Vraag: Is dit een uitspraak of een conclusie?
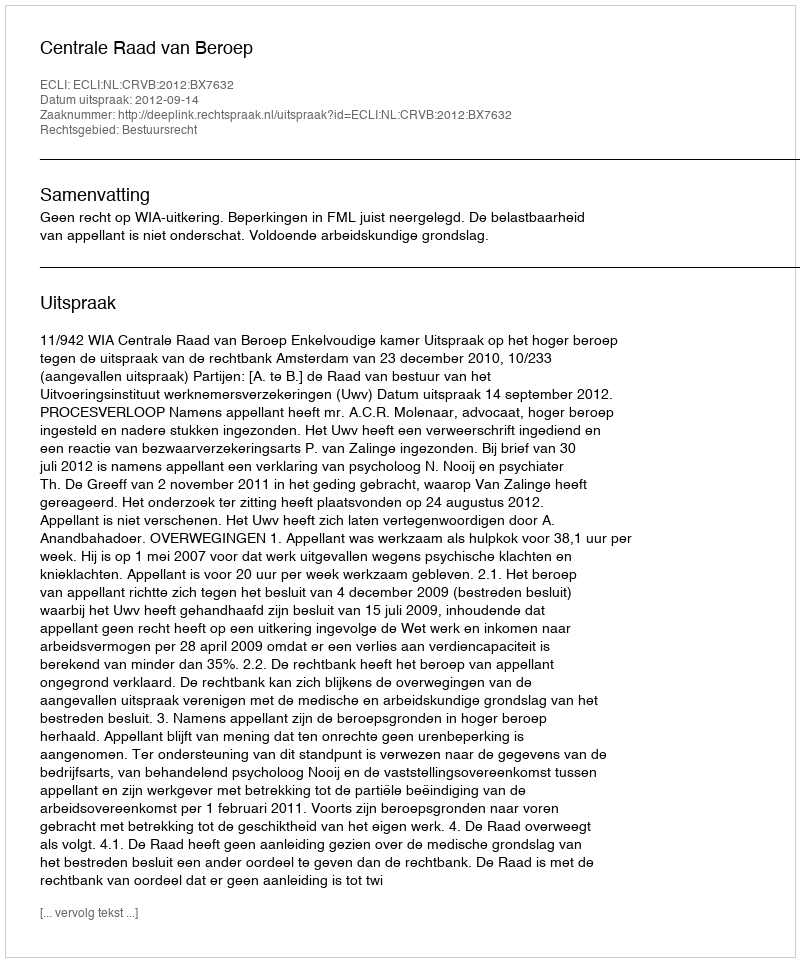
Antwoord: Uitspraak